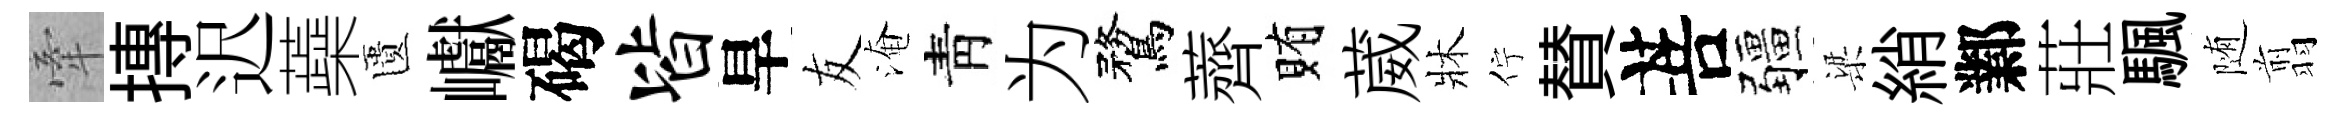
牽摶迟蘃匱巘碣皆旱友淹靑为鶩薺賄葳牀佇賛菩疆梁綃鄴莊颿随翦